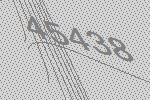
45438